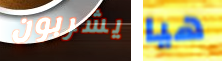
يشربون هيا